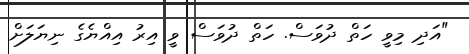
"އަދި މިވީ ހަތް ދުވަސް. ހަތް ދުވަސް ވީ އިރު އިއްޔެގެ ނިޔަލަށް